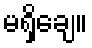
မရှိချေ။